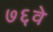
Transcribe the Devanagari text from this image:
७६वे